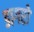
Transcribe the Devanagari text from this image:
डागरो